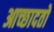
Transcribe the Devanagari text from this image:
आच्छादतो